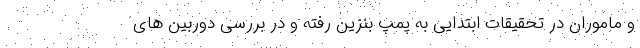
و ماموران در تحقیقات ابتدایی به پمپ بنزین رفته و در بررسی دوربین های